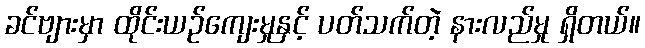
ခင်ဗျားမှာ ထိုင်းယဉ်ကျေးမှုနှင့် ပတ်သက်တဲ့ နားလည်မှု ရှိတယ်။